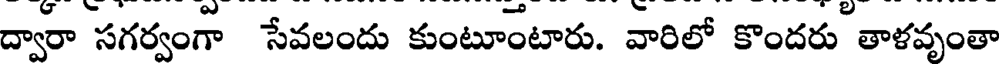
ద్వారా సగర్వంగా సేవలందు కుంటూంటారు. వారిలో కొందరు తాళవృంతా